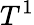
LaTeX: T^{1}